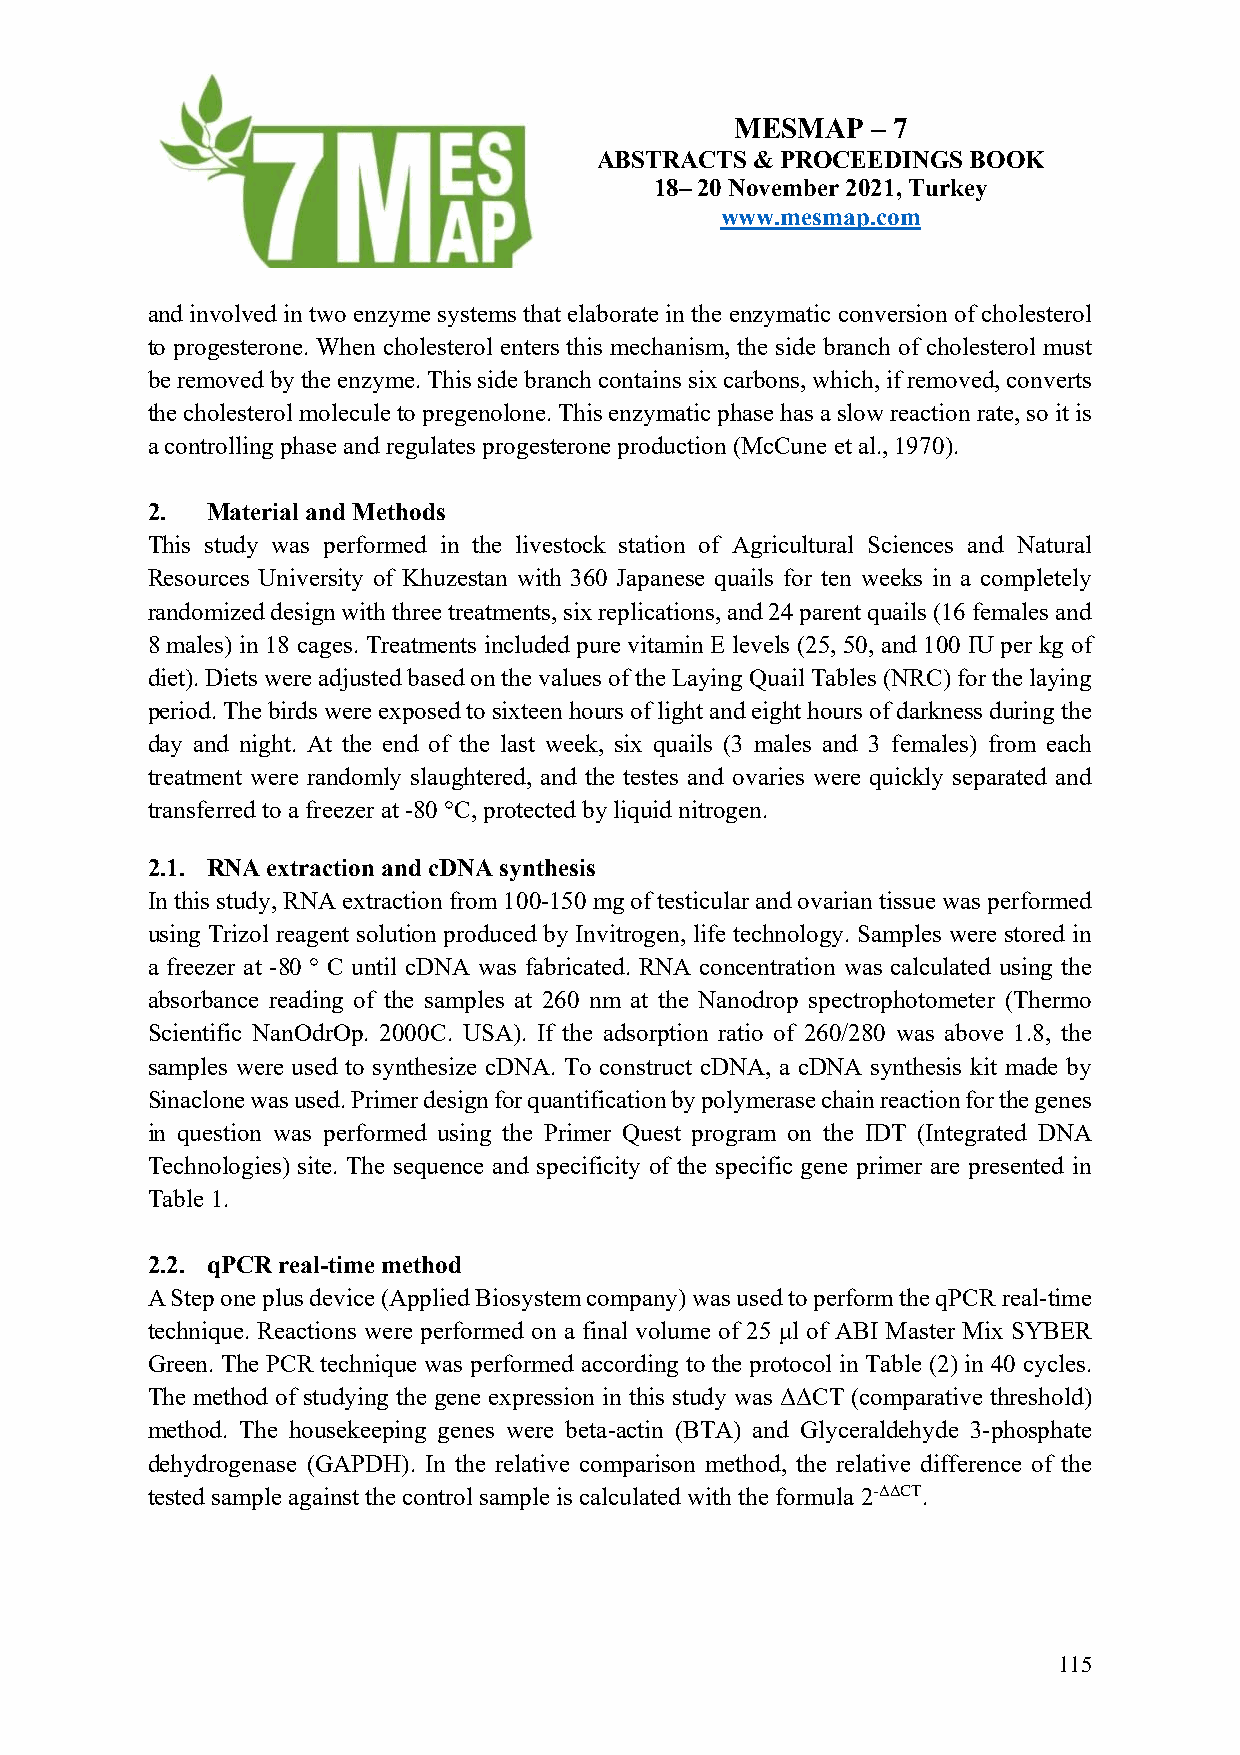
MESMAP   – 7
 ABSTRACTS  & PROCEEDINGS BOOK
 18– 20 November 2021, Turkey
 www.mesmap.com
 and involved in two enzyme systems that elaborate in the enzymatic conversion of cholesterol
 to progesterone. When cholesterol enters this mechanism, the side branch of cholesterol must
 be removed by the enzyme. This side branch contains six carbons, which, if removed, converts
 the cholesterol molecule to pregenolone. This enzymatic phase has a slow reaction rate, so it is
 a controlling phase and regulates progesterone production (McCune et al., 1970).
 2.  Material and Methods
 This study was performed in the livestock station of Agricultural Sciences and Natural
 Resources University of Khuzestan with 360 Japanese quails for ten weeks in a completely
 randomized design with three treatments, six replications, and 24 parent quails (16 females and
 8 males) in 18 cages. Treatments included pure vitamin E levels (25, 50, and 100 IU per kg of
 diet). Diets were adjusted based on the values of the Laying Quail Tables (NRC) for the laying
 period. The birds were exposed to sixteen hours of light and eight hours of darkness during the
 day and night. At the end of the last week, six quails (3 males and 3 females) from each
 treatment were randomly slaughtered, and the testes and ovaries were quickly separated and
 transferred to a freezer at -80 °C, protected by liquid nitrogen.
 2.1. RNA extraction and cDNA synthesis
 In this study, RNA extraction from 100-150 mg of testicular and ovarian tissue was performed
 using Trizol reagent solution produced by Invitrogen, life technology. Samples were stored in
 a freezer at -80 ° C until cDNA was fabricated. RNA concentration was calculated using the
 absorbance reading of the samples at 260 nm at the Nanodrop spectrophotometer (Thermo
 Scientific NanOdrOp. 2000C. USA). If the adsorption ratio of 260/280 was above 1.8, the
 samples were used to synthesize cDNA. To construct cDNA, a cDNA synthesis kit made by
 Sinaclone was used. Primer design for quantification by polymerase chain reaction for the genes
 in question was performed using the Primer Quest program on the IDT (Integrated DNA
 Technologies) site. The sequence and specificity of the specific gene primer are presented in
 Table 1.
 2.2. qPCR real-time method
 A Step one plus device (Applied Biosystem company) was used to perform the qPCR real-time
 technique. Reactions were performed on a final volume of 25 μl of ABI Master Mix SYBER
 Green. The PCR technique was performed according to the protocol in Table (2) in 40 cycles.
 The method of studying the gene expression in this study was ΔΔCT (comparative threshold)
 method. The housekeeping genes were beta-actin (BTA) and Glyceraldehyde 3-phosphate
 dehydrogenase (GAPDH). In the relative comparison method, the relative difference of the
 tested sample against the control sample is calculated with the formula 2-ΔΔCT.
 115